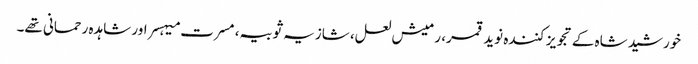
خورشید شاہ کے تجویز کنندہ نوید قمر، رمیش لعل، شازیہ ثوبیہ، مسرت میہسر اور شاہدہ رحمانی تھے۔